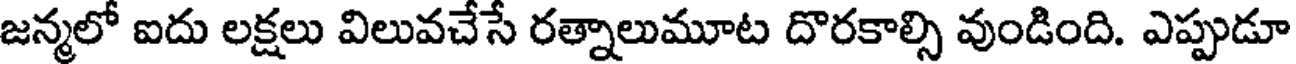
జన్మలో ఐదు లక్షలు విలువచేసే రత్నాలుమూట దొరకాల్సి వుండింది. ఎప్పుడూ